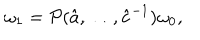
LaTeX: \omega _ { 1 } = { \cal P } ( \hat { a } , \ldots , \hat { c } ^ { - 1 } ) \omega _ { 0 } ,